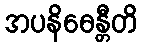
အပနိဓေန္တီတိ